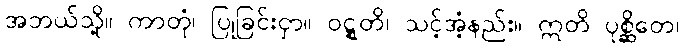
အဘယ်သို့။ ကာတုံ၊ ပြုခြင်းငှာ။ ဝဋ္ဋတိ၊ သင့်အံ့နည်း။ ဣတိ ပုစ္ဆိတေ၊